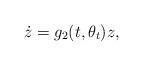
LaTeX: \begin{align*}\dot{z} = g_2(t,\theta_{t})z,\end{align*}